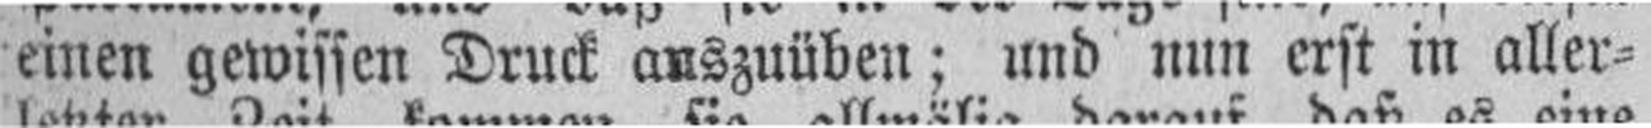
einen gewissen Druck anszuüben; und nun erst in aller¬